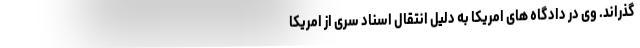
گذراند. وی در دادگاه های امریکا به دلیل انتقال اسناد سری از امریکا